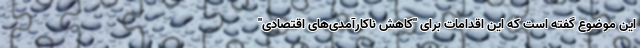
این موضوع گفته است که این اقدامات برای "کاهش ناکارآمدی‌های اقتصادی"